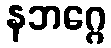
နဘဂ္ဂေ